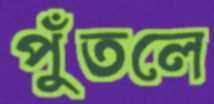
পুঁতলে